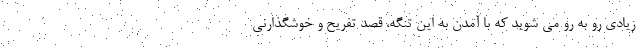
زیادی رو به رو می شوید که با آمدن به این تنگه، قصد تفریح و خوشگذارنی